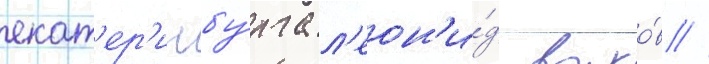
екат'ер'инбу́рга л'еон'и́д волко́в //